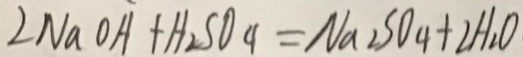
\angle N a O A + H _ { 2 } S O _ { 4 } = N a _ { 2 } S O _ { 4 } + 2 H _ { 2 } O